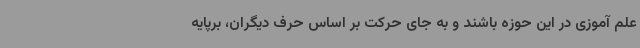
علم آموزی در این حوزه باشند و به جای حرکت بر اساس حرف دیگران، برپایه